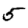
Digit: 5